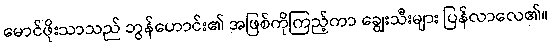
မောင်ဖိုးသာသည် ဘွန်ဟောင်း၏ အဖြစ်ကိုကြည့်ကာ ချွေးသီးများ ပြန်လာလေ၏။